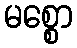
မစ္စော